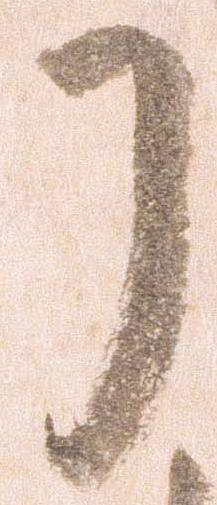
了